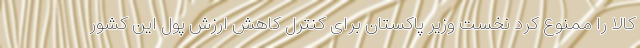
کالا را ممنوع کرد نخست وزیر پاکستان برای کنترل کاهش ارزش پول این کشور